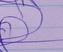
Signature authenticity: genuine